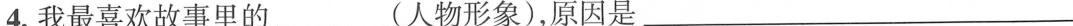
4.我最喜欢故事里的___(人物形象)，原因是___